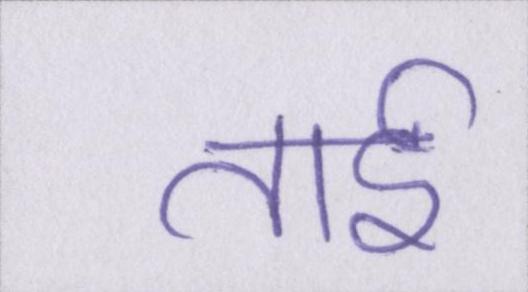
ताई